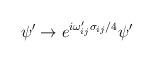
LaTeX: \begin{align*}\psi'\to e^{i\omega_{ij}'\sigma_{ij}/4}\psi'\end{align*}